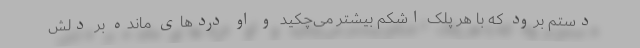
دستم برود که با هر پلک اشکم بیشتر می‌چکید و او دردهای مانده بر دلش